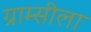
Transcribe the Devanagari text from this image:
ग्राम्सीला